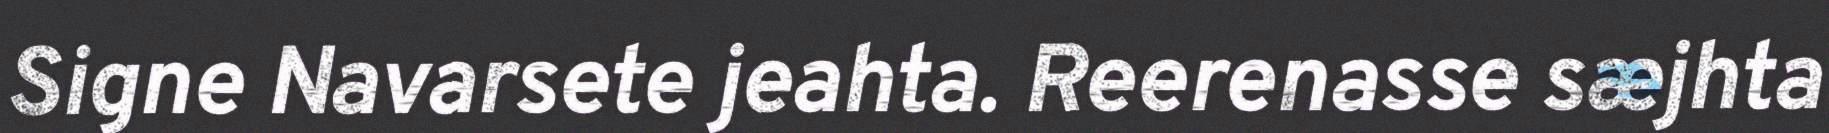
Signe Navarsete jeahta. Reerenasse sæjhta